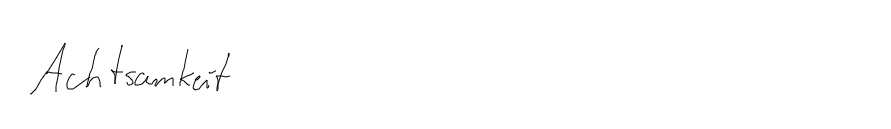
Achtsamkeit